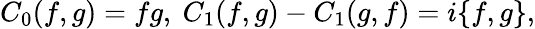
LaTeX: C_{0}(f,g)=fg,\ C_{1}(f,g)-C_{1}(g,f)=i\{ f,g\} ,